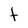
Character: t